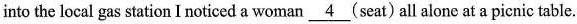
into the local gas station I noticed a woman \underline{4} (seat) all alone at a picnic table.